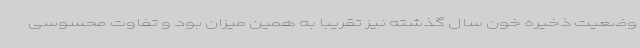
وضعیت ذخیره خون سال گذشته نیز تقریبا به همین میزان بود و تفاوت محسوسی